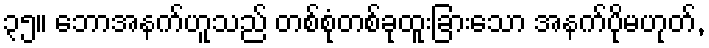
၃၅။ ဘောအနက်ဟူသည် တစ်စုံတစ်ခုထူးခြားသော အနက်ပိုမဟုတ်,